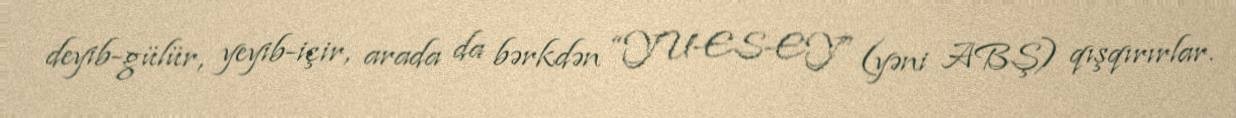
deyib-gülür, yeyib-içir, arada da bərkdən “YU-ES-EY” (yəni ABŞ) qışqırırlar.